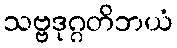
သဗ္ဗဒုဂ္ဂတိဘယံ